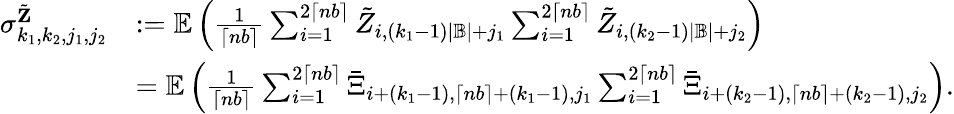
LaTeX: \begin{array}{rl}{\sigma_{k_{1},k_{2},j_{1},j_{2}}^{\tilde{\mathbf Z}}}&{:=\mathbb{E}\left(\frac{1}{\lceil nb\rceil}\sum_{i=1}^{2\lceil nb\rceil}\tilde{Z}_{i,(k_{1}-1)|\mathbb{B}|+j_{1}}\sum_{i=1}^{2\lceil nb\rceil}\tilde{Z}_{i,(k_{2}-1)|\mathbb{B}|+j_{2}}\right)}\\ &{=\mathbb{E}\left(\frac{1}{\lceil nb\rceil}\sum_{i=1}^{2\lceil nb\rceil}\bar{\Xi}_{i+(k_{1}-1),\lceil nb\rceil+(k_{1}-1),j_{1}}\sum_{i=1}^{2\lceil nb\rceil}\bar{\Xi}_{i+(k_{2}-1),\lceil nb\rceil+(k_{2}-1),j_{2}}\right).}\end{array}